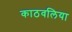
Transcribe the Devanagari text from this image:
काठवलिया